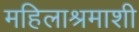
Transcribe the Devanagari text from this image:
महिलाश्रमाशी